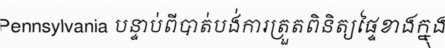
Pennsylvania បន្ទាប់ពីបាត់បង់ការត្រួតពិនិត្យផ្ទៃខាងក្នុង